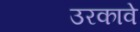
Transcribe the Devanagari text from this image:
उरकावे